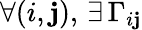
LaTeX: \forall(i,\mathbf{j}),\, \exists\, \Gamma_{i\mathbf{j}}